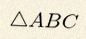
\triangle ABC